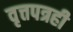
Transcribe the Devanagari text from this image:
वृत्तपत्रही